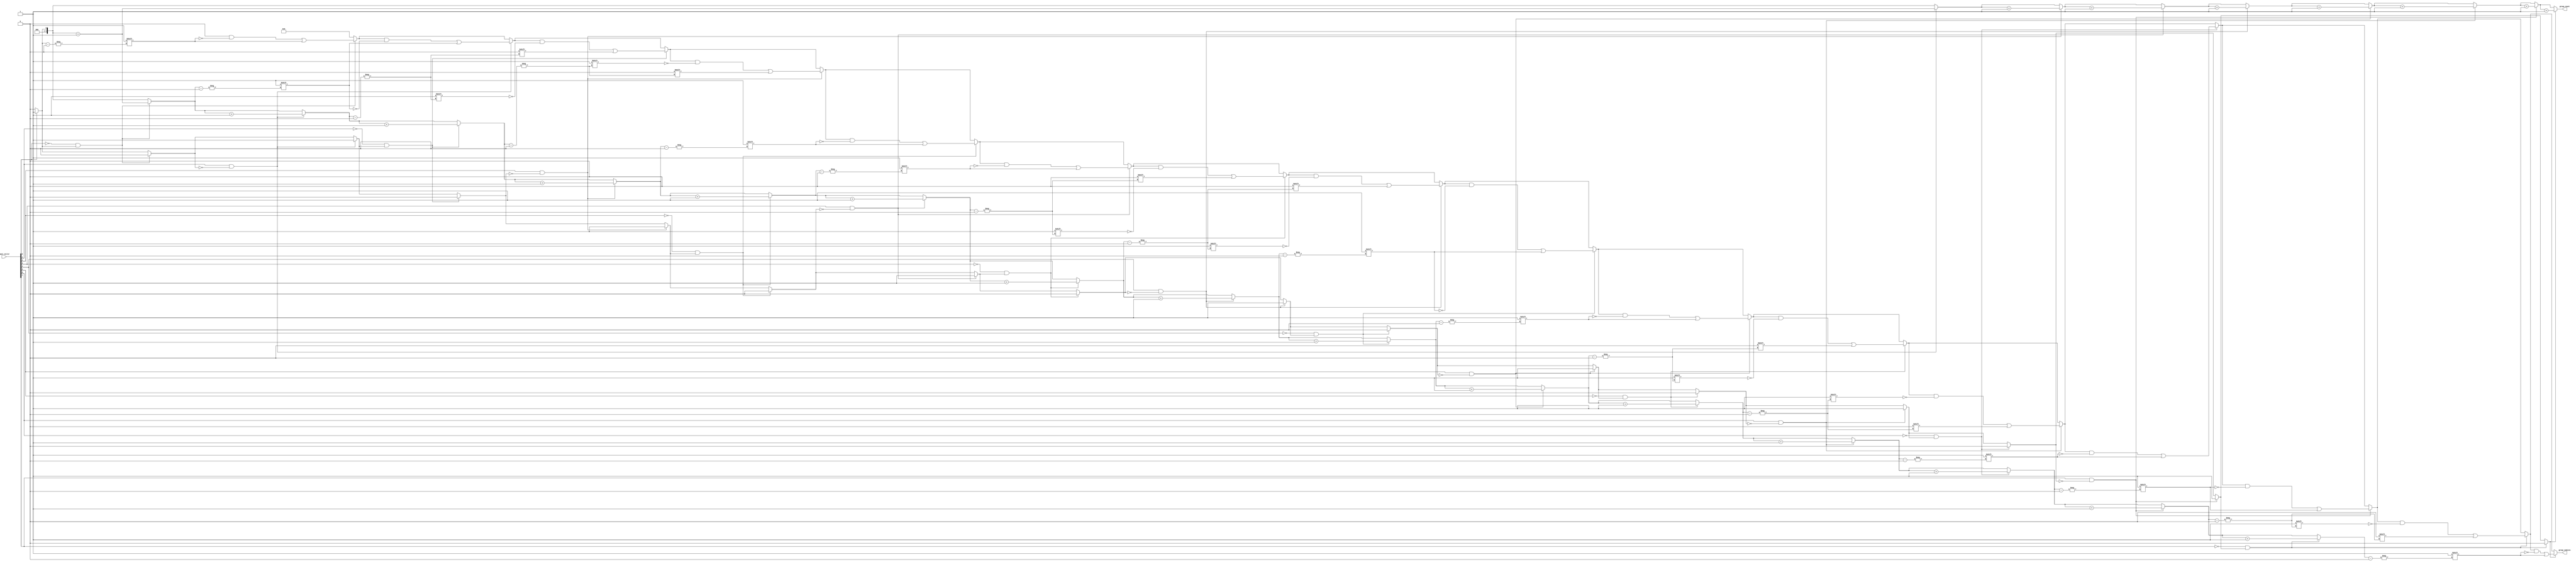
module GroupingOfOnes #(
    parameter n = 8 // Specify the bit width of the input_vector
)(
    input  wire [n-1:0] input_vector, // n-bit binary input vector
    output reg [3:0] group_count,      // Count of groups of 1s (4 bits can count up to 15 groups)
    output reg [(2*n)-1:0] group_indices // Start and end indices of groups (2 bits per group)
);

    integer i;
    reg [3:0] idx; // Index to store start and end positions in group_indices
    reg in_group;  // Flag to indicate if we are currently in a group of 1s
    reg [3:0] count; // Local count of groups

    always @(*) begin
        // Initialize outputs
        group_count = 0;
        group_indices = 0;
        idx = 0;
        in_group = 0;
        count = 0;

        // Loop through each bit of the input vector
        for (i = 0; i < n; i = i + 1) begin
            if (input_vector[i] == 1 && in_group == 0) begin
                // Start of a new group
                in_group = 1;
                count = count + 1;
                group_indices[idx] = i; // Store the start index
                idx = idx + 1;
            end
            if (input_vector[i] == 0 && in_group == 1) begin
                // End of the current group
                in_group = 0;
                group_indices[idx] = i - 1; // Store the end index
                idx = idx + 1;
            end
        end

        // If we ended in a group, need to close it off
        if (in_group) begin
            group_indices[idx] = n - 1; // Final end index
            count = count + 1;
        end

        // Set the group count
        group_count = count;
    end

endmodule